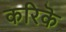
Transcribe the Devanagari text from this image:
करिकॆ